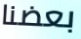
بعضنا